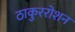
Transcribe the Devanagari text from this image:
ठाकुररोशन